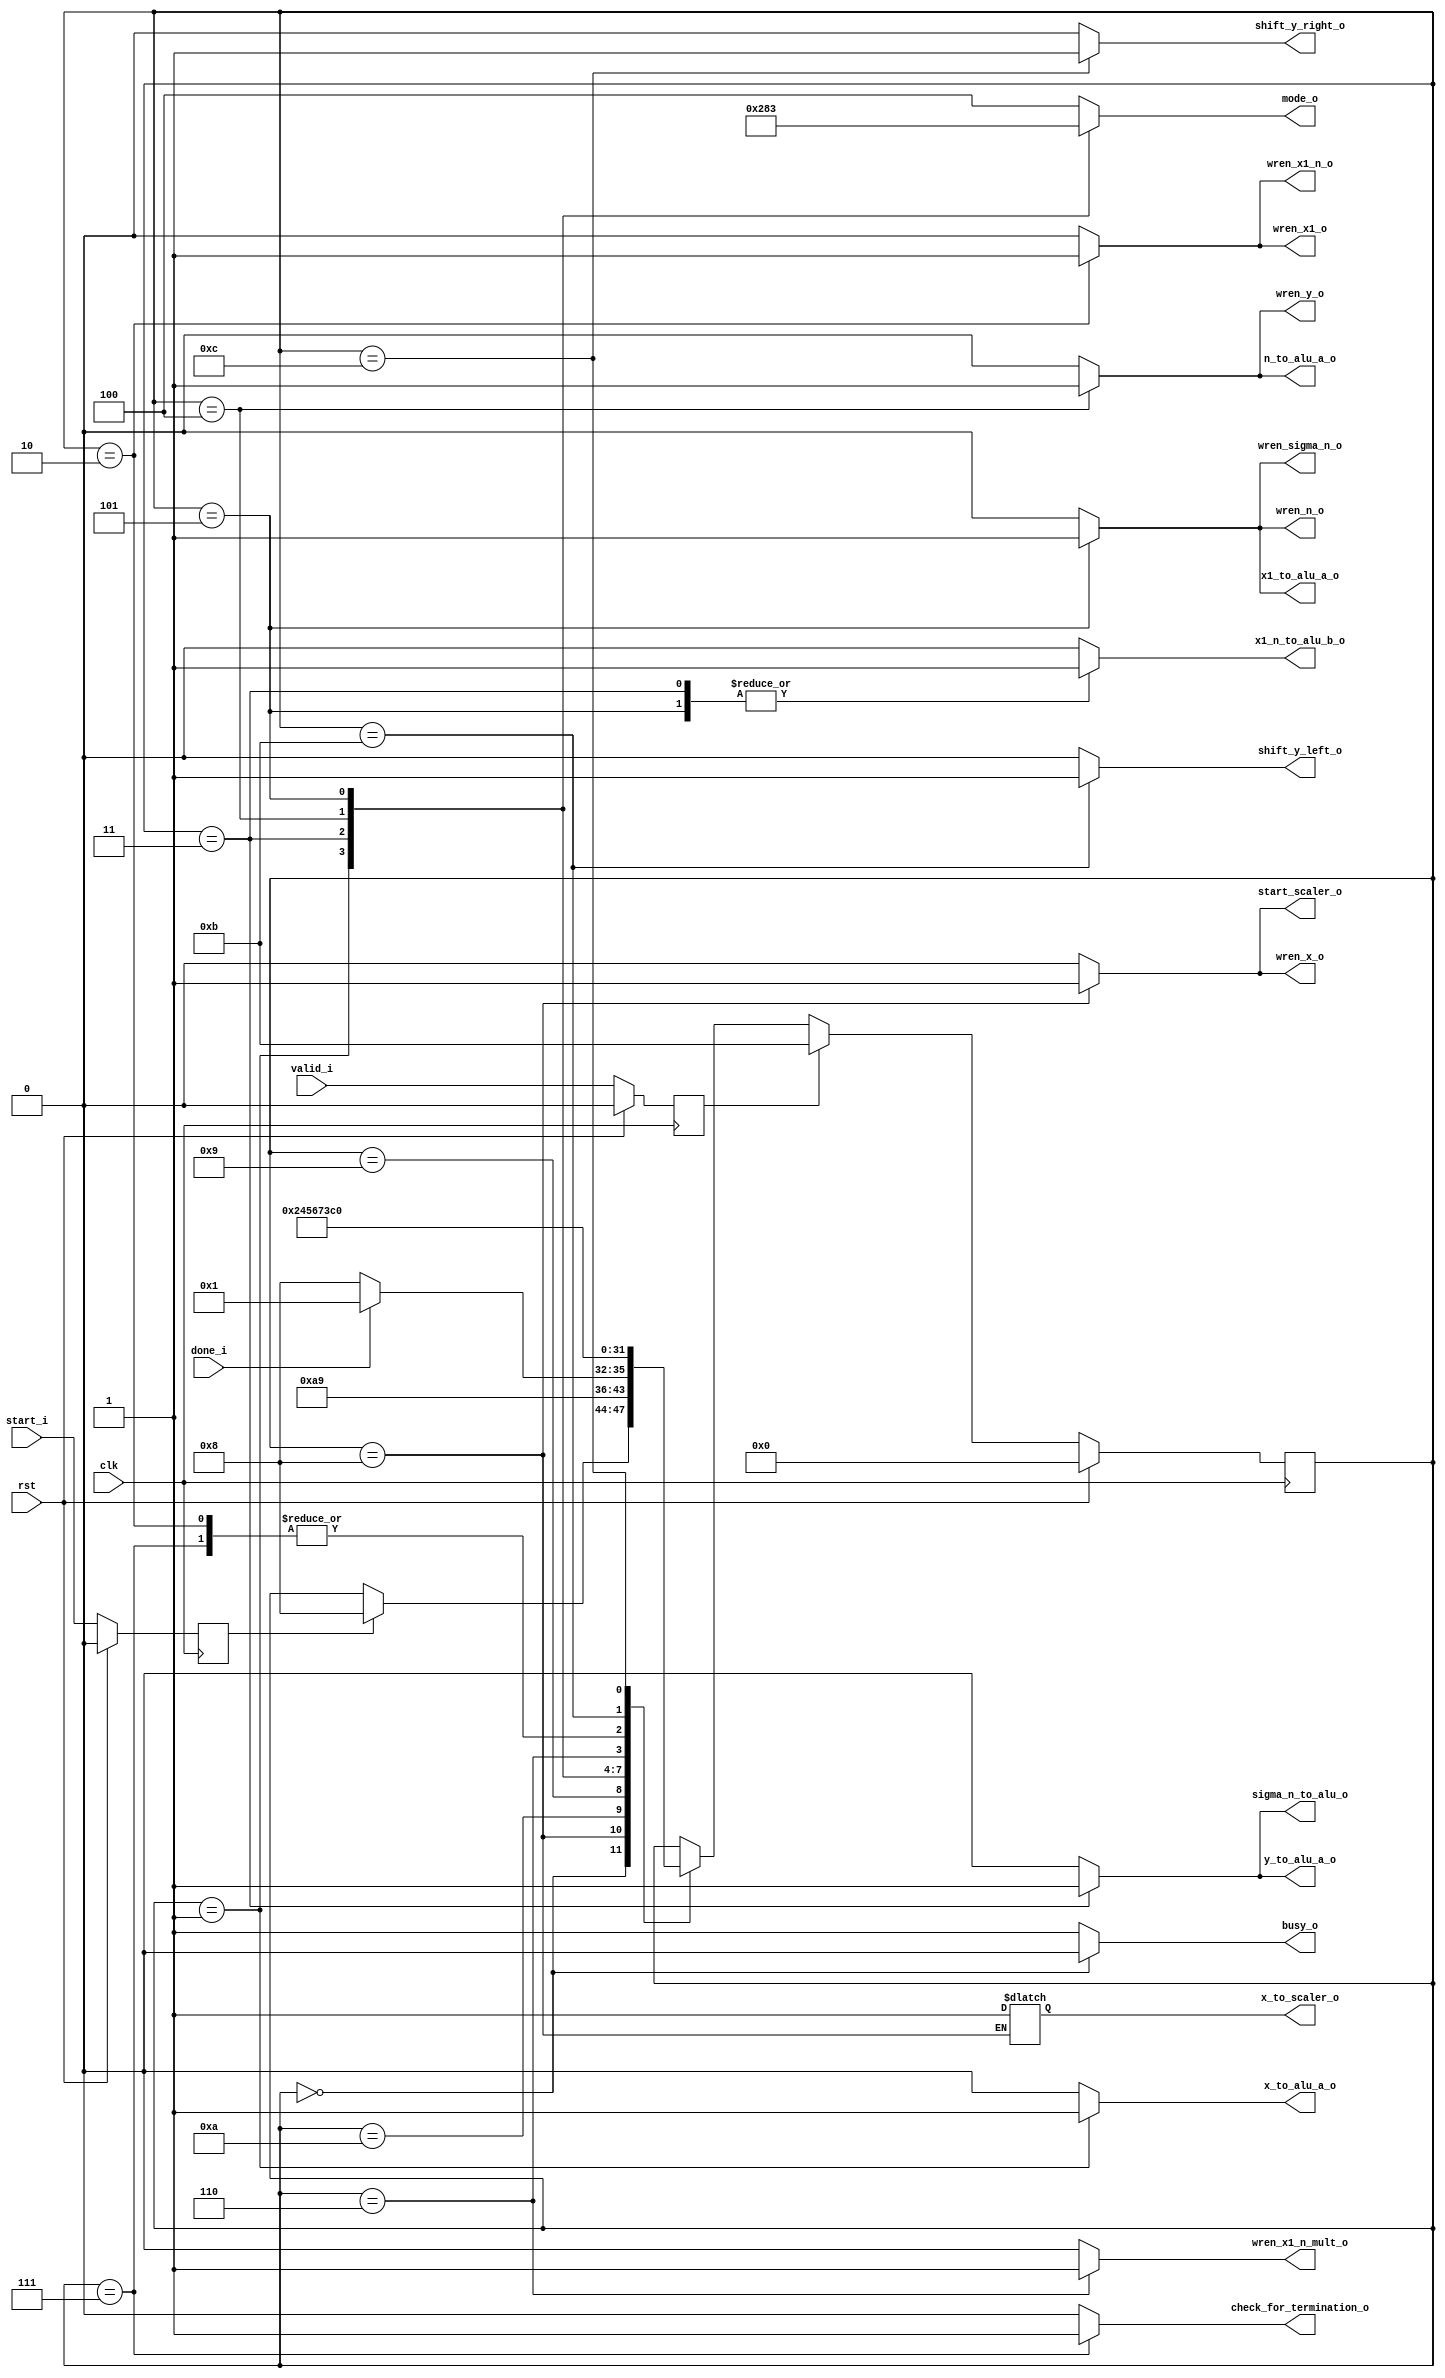
module controller (
    clk,
    rst,
    start_i,
    valid_i,
	done_i,

    busy_o,
    mode_o,
    check_for_termination_o,
	start_scaler_o,
    /* write enable*/
    wren_x1_o,
    wren_x1_n_o, 
	wren_x1_n_mult_o,
    wren_y_o, 
    wren_n_o, 
    wren_sigma_n_o,
	wren_x_o, 
	
	/*shift enable */
	shift_y_left_o,
	shift_y_right_o,
	
    /* register transfer */
    x_to_alu_a_o, 
    y_to_alu_a_o,
    x1_to_alu_a_o, 
    x1_n_to_alu_b_o, 
    sigma_n_to_alu_o,
    n_to_alu_a_o,
	x_to_scaler_o
);

/* ALU Anweisungen */

localparam ADD_ONE      = 3'd0;  // A + 1
localparam SUB_ONE      = 3'd1;  // A - 1
localparam ADD_SUB      = 3'd2;  // Y +/- (x-1)
localparam MULTIPLY     = 3'd3;
localparam ALU_IDLE     = 3'd4;

/* Zustnde */
localparam IDLE         =4'd0;
localparam SUB1         =4'd1;
localparam WB           =4'd2;
localparam ADDSUB       =4'd3;
localparam ADD          =4'd4;
localparam MULT         =4'd5;
localparam WB2          =4'd6;
localparam ENDIT        =4'd7;
localparam SCALEX		=4'd8;
localparam CHECKX		=4'd9;
localparam CHECKXWAIT	=4'd10;
localparam SCALEYLEFT	=4'd11;
localparam SCALEYRIGHT	=4'd12;


/* Ein- und Ausgnge */
input clk, rst;
input start_i, valid_i, done_i;
output reg busy_o;
output reg [2:0] mode_o;
output reg check_for_termination_o, start_scaler_o;

/* Register Transfer zu Zurckschreiben von Ergebnissen in Register*/
output reg wren_x1_o, wren_x1_n_o, wren_x1_n_mult_o, wren_y_o, wren_n_o, wren_sigma_n_o, wren_x_o ;

/* Scaling */
output reg shift_y_left_o, shift_y_right_o;

/* Register Transfer auf die ALU Datenbusse */
output reg x_to_alu_a_o, y_to_alu_a_o,x1_to_alu_a_o, x1_n_to_alu_b_o, sigma_n_to_alu_o, n_to_alu_a_o, x_to_scaler_o;

/* Interne Variablen */
reg         start_r, valid_r;
reg [3:0]   current_state, next_state;

always @ (posedge clk) begin
	if(rst) begin
		valid_r			<= 'd0;
		start_r			<= 'd0;
		current_state 	<= IDLE;
	end
	else begin
		valid_r			<= valid_i;
		start_r			<= start_i;
		current_state 	<= next_state;
	end
end


always @ (*) begin
	busy_o 					    = 1'b1;
	mode_o 						= ALU_IDLE;
	next_state 					= current_state;
	check_for_termination_o 	= 1'b0;
	start_scaler_o				= 1'b0;

    /* register write enable */
    wren_x1_o                   = 1'b0;
    wren_x1_n_o                 = 1'd0;
	wren_x1_n_mult_o			= 1'd0;
    wren_y_o                    = 1'd0;
    wren_n_o                    = 1'd0;
    wren_sigma_n_o              = 1'd0;
	wren_x_o					= 1'd0;
	
	/* Scale enable */
	
	shift_y_left_o				= 'd0;
	shift_y_right_o				= 'd0;

    /* register transfer */
    x_to_alu_a_o                = 1'd0;
    y_to_alu_a_o                = 1'd0;
    x1_to_alu_a_o               = 1'd0;
    x1_n_to_alu_b_o             = 1'd0;
    sigma_n_to_alu_o            = 1'd0;
    n_to_alu_a_o                = 1'd0;



case(current_state)
    IDLE: begin
        busy_o = 1'd0;
        if(start_r == 1'b1)begin
        next_state = SCALEX;
        end
    end
	
	SCALEX: begin
		x_to_scaler_o	= 1'b1;
		wren_x_o 		= 1'b1;
		start_scaler_o	= 1'b1;
		next_state = CHECKXWAIT;
	end
	
	CHECKXWAIT: begin
		next_state = CHECKX;
	
	end
	
	CHECKX: begin
		start_scaler_o	= 1'd0;
		if (done_i) begin
			next_state = SUB1;
		end
		else begin
			next_state = SCALEX;
		end
	end

    SUB1: begin
        x_to_alu_a_o = 1'b1; 
        mode_o = SUB_ONE;
        next_state = WB;
    end

    WB: begin
        wren_x1_o = 1'b1;
        wren_x1_n_o = 1'b1;
        next_state = ADDSUB;
    end

    ADDSUB: begin
        y_to_alu_a_o    = 1'd1;
        x1_n_to_alu_b_o = 1'd1;
        sigma_n_to_alu_o  = 1'd1;
        mode_o = ADD_SUB;
        next_state = ADD;
    end

    ADD: begin
        n_to_alu_a_o = 1'd1;
        wren_y_o     = 1'd1;
        mode_o = ADD_ONE;
        next_state = MULT;
    end

    MULT: begin
        wren_n_o        = 1'd1;
        wren_sigma_n_o  = 1'd1;
        x1_to_alu_a_o   = 1'd1;
        x1_n_to_alu_b_o = 1'd1;
        mode_o = MULTIPLY;
        next_state = WB2;
    end

    WB2: begin
        wren_x1_n_mult_o = 1'd1;
        next_state = ENDIT;
    end

    ENDIT: begin
        check_for_termination_o = 1'd1;
        next_state = ADDSUB;
    end
	
	SCALEYLEFT: begin
		shift_y_left_o = 1'd1;
		next_state = SCALEYRIGHT;
	end
	SCALEYRIGHT: begin
		shift_y_right_o	= 1'd1;
		next_state = IDLE;
	end
    
endcase

if(valid_r == 1'b1) begin
		next_state = SCALEYLEFT;
	end

end

endmodule